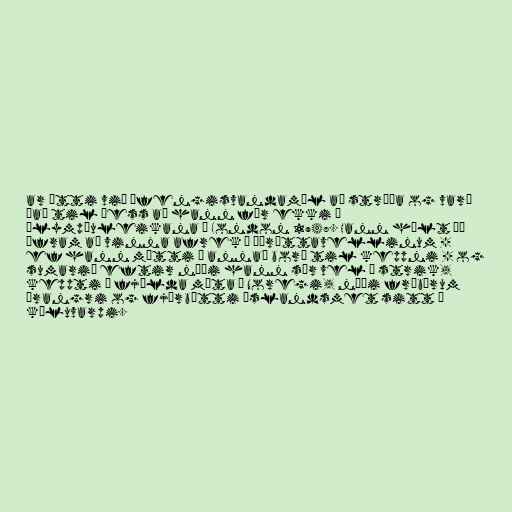
ar átti við áfengisvandamál að stríða og varð
það til þess að hann fór ekki á
Ólympíuleikana í London 1948. Hann hélt þó
áfram að vinna afrek á íþróttavellinum -
ef hann mætti á annað borð til keppni - og
sumarið eftir náði hann sér vel á strik,
keppti á fjölda móta í Noregi, náði frábærum
árangri og fjórbætti Íslandsmet sitt í
kúluvarpi.